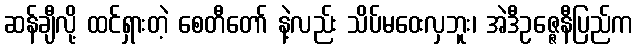
ဆန်ချီလို့ ထင်ရှားတဲ့ စေတီတော် နဲ့လည်း သိပ်မဝေးလှဘူး၊ အဲဒီဥဇ္ဇေနီပြည်က